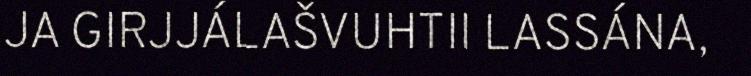
JA GIRJJÁLAŠVUHTII LASSÁNA,